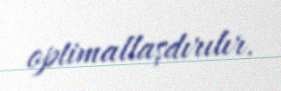
optimallaşdırılır.